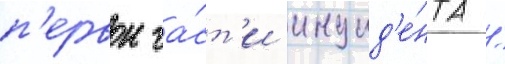
п'ервои ча́ст'и инцид'е́нта /